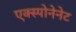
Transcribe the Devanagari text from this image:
एक्स्पोनेनेट